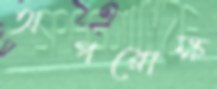
অপরোক্ষ